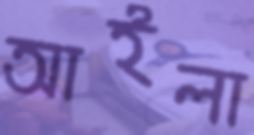
আইলা